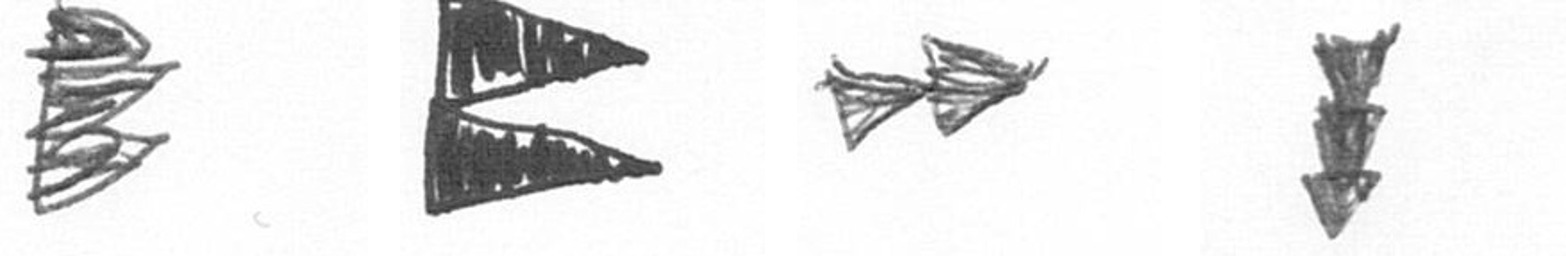
H P A E